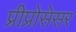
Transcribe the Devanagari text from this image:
प्रीप्रोसेसर